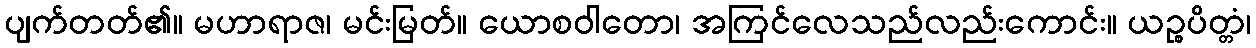
ပျက်တတ်၏။ မဟာရာဇ၊ မင်းမြတ်။ ယောစဝါတော၊ အကြင်လေသည်လည်းကောင်း။ ယဉ္စပိတ္တံ၊